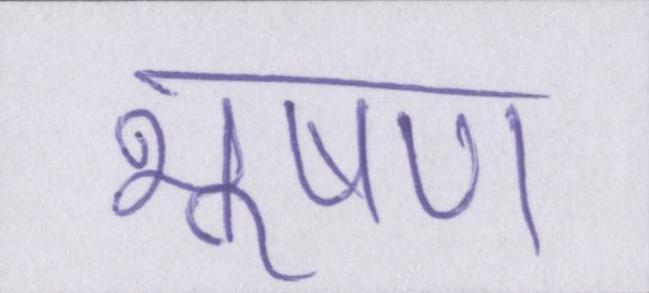
भूषण